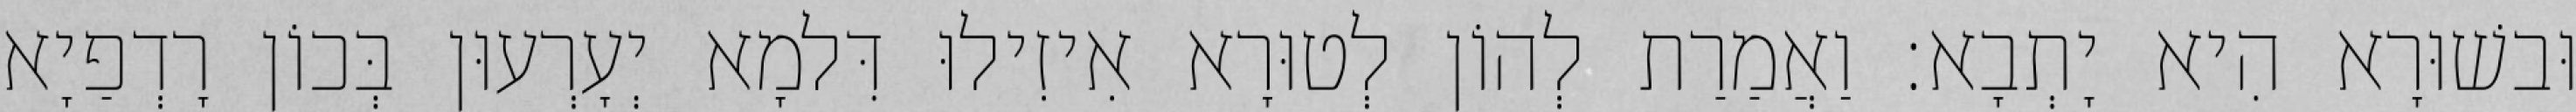
וּבשׁוּרָא הִיא יָתְבָא׃ וַאֲמַרַת לְהוֹן לְטוּרָא אִיזִילוּ דִּלמָא יְעָרְעוּן בְּכוֹן רָדְפַיָא